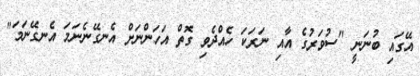
އޭގައި ބުނަނީ "ސުވަރުގެ އާއި ނަރަކަ ހެއްދެވި ގޮތް އަހަންނަށް އެނގޭނެނަމަ އެނގޭނަމަ"